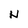
Character: N